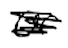
Text: or
Cross-out: scratch
Writing tool: digital_black